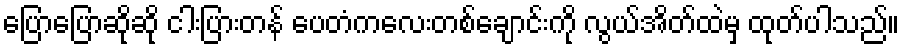
ပြောပြောဆိုဆို ငါးပြားတန် ပေတံကလေးတစ်ချောင်းကို လွယ်အိတ်ထဲမှ ထုတ်ပါသည်။